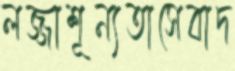
লজ্জাশূন্যতাসেবাদ